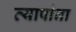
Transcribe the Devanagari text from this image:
व्यापांना